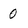
Character: 0